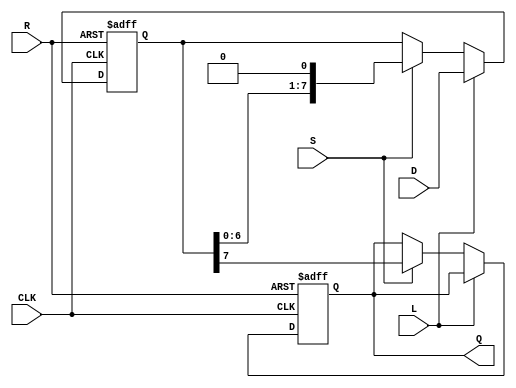
module PISO_Register (
    input wire [7:0] D,    // 8-bit input data bus
    input wire L,          // Load control signal
    input wire S,          // Shift control signal
    input wire CLK,        // Clock signal
    input wire R,          // Asynchronous reset signal
    output reg Q           // Serial output
);

    reg [7:0] shift_reg;   // 8-bit shift register

    // Asynchronous reset
    always @(posedge CLK or posedge R) begin
        if (R) begin
            shift_reg <= 8'b0; // Clear the register
            Q <= 1'b0;          // Clear the output
        end else begin
            if (L) begin
                shift_reg <= D; // Load data into the register
            end else if (S) begin
                Q <= shift_reg[7]; // Output the MSB
                shift_reg <= {shift_reg[6:0], 1'b0}; // Shift right
            end
        end
    end

endmodule